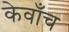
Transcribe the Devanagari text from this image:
केवाँच